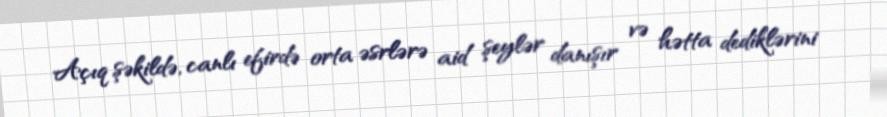
Açıq şəkildə, canlı efirdə orta əsrlərə aid şeylər danışır və hətta dediklərini